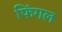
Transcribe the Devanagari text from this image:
फिंगल